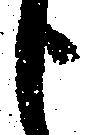
申